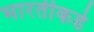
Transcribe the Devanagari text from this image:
भारतीकडे